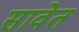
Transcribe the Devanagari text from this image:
सावेत